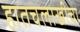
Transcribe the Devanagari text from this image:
हातचलाखीचा